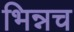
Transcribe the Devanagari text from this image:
भिन्नच